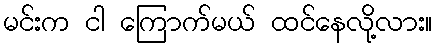
မင်းက ငါ ကြောက်မယ် ထင်နေလို့လား။